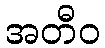
အတီဝ